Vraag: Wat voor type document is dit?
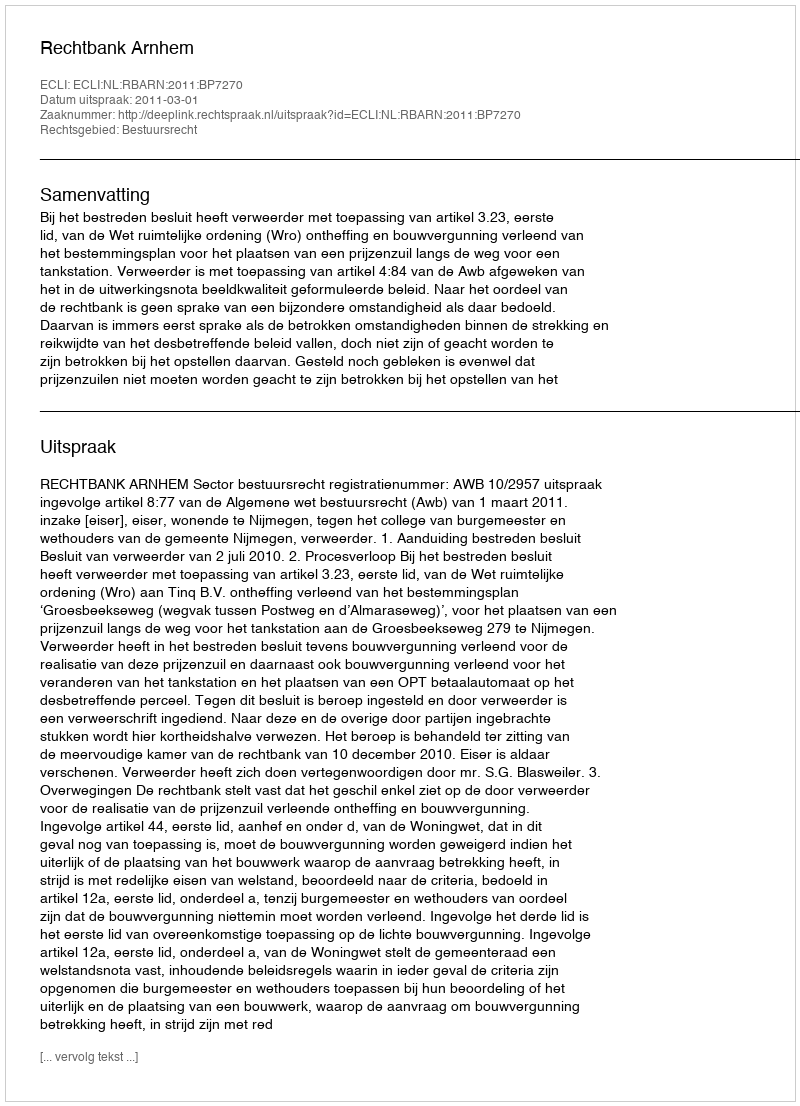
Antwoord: Uitspraak